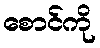
စောင်ကို